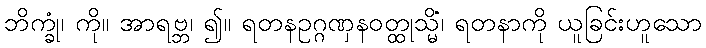
ဘိက္ခုံ၊ ကို။ အာရဗ္ဘ၊ ၍။ ရတနဥဂ္ဂဏှနဝတ္ထုသ္မိံ၊ ရတနာကို ယူခြင်းဟူသော